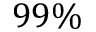
9 9 \%